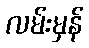
လမ်းမှန်